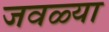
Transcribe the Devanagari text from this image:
जवळ्या